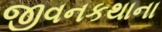
જીવનકથાના